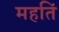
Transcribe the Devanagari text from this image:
महतिं